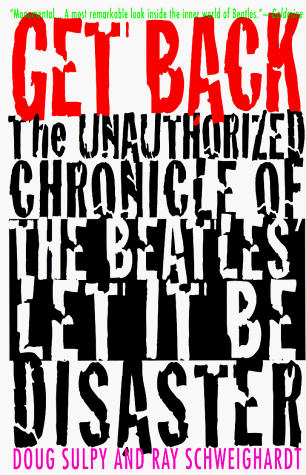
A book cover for Get Back: The Unauthorized Chronicle of the Beatles "Let It Be" Disaster; Doug Sulpy; Humor & Entertainment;